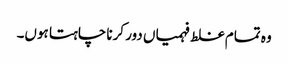
وہ تمام غلط فہمیاں دور کرنا چاہتا ہوں۔